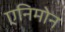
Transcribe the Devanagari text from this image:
एनिमोन